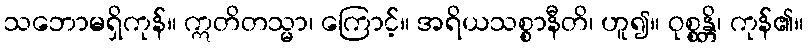
သဘောမရှိကုန်။ ဣတိတသ္မာ၊ ကြောင့်။ အရိယသစ္စာနီတိ၊ ဟူ၍။ ဝုစ္စန္တိ၊ ကုန်၏။